Calcutta medical institutions reports 1879-81 [i.e.91]
Year: 1879
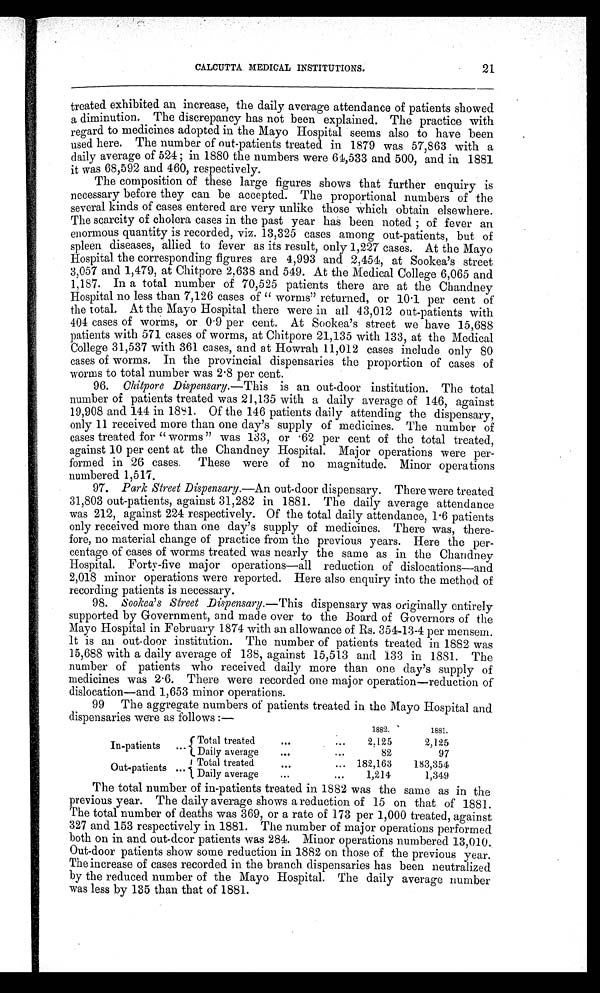
CALCUTTA MEDICAL INSTITUTIONS.
21
treated exhibited an increase, the daily average attendance of patients showed
a diminution. The discrepancy has not been explained. The practice with
regard to medicines adopted in the Mayo Hospital seems also to have been
used here. The number of out-patients treated in 1879 was 57,863 with a
dai l y aver age of 524; i n 1880 t he number s wer e 64, 533 and 500, and i n 1881
it was 68,592 and 460, respectively.
The composition of these large figures shows that further enquiry is
necessary before they can be accepted. The proportional numbers of the
several kinds of cases entered are very unlike those which obtain elsewhere.
The scarcity of cholera cases in the past year has been noted; of fever an
enormous quantity is recorded, viz. 13,325 cases among out-patients, but of
spleen diseases, allied to fever as its result, only 1,227 cases. At the Mayo
Hospital the corresponding figures are 4,993 and 2,454, at Sookea's street
3,057 and 1,479, at Chitpore 2,638 and 549. At the Medical College 6,065 and
1,187. In a total number of 70,525 patients there are at the Chandney
Hospital no less than 7,126 cases of " worms" returned, or 10.1 per cent of
the total. At the Mayo Hospital there were in all 43,012 out-patients with
404 cases of worms, or 0.9 per cent. At Sookea's street we have 15,688
patients with 571 cases of worms, at Chitpore 21,135 with 133, at the Medical
College 31,537 with 361 cases, and at Howrah 11,012 cases include only 80
cases of worms. In the provincial dispensaries the proportion of cases of
worms to total number was 2.8 per cent.
96. Chitpore Dispensary.— This is an out-door institution. The total
number of patients treated was 21,135 with a daily average of 146, against
19,908 and 144 in 1881. Of the 146 patients daily attending the dispensary,
only 11 received more than one day's supply of medicines. The number of
cases treated for "worms" was 133, or .62 per cent of the total treated,
against 10 per cent at the Chandney Hospital. Major operations were per-
formed in 26 cases. These were of no magnitude. Minor operations
numbered 1,517.
97. Park Street Dispensary.— An out-door dispensary. There were treated
31,803 out-patients, against 31,282 in 1881. The daily average attendance
was 212, against 224 respectively. Of the total daily attendance, 1.6 patients
only received more than one day's supply of medicines. There was, there-
fore, no material change of practice from the previous years. Here the per-
centage of cases of worms treated was nearly the same as in the Chandney
Hospital. Forty-five major operations—all reduction of dislocations—and
2,018 minor operations were reported. Here also enquiry into the method of
recording patients is necessary.
98. Sookea's Street Dispensary.—This dispensary was originally entirely
supported by Government, and made over to the Board of Governors of the
Mayo Hospital in February 1874 with an allowance of Rs. 354-13-4 per mensem.
It is an out-door institution. The number of patients treated in 1882 was
15,688 with a daily average of 138, against 15,513 and 133 in 1881. The
number of patients who received daily more than one day's supply of
medicines was 2.6. There were recorded one major operation—reduction of
dislocation—and 1,653 minor operations.
99 The aggregate numbers of patients treated in the Mayo Hospital and
dispensaries were as follows :—
1882.
1881.
In-patients
...
Total treated
...
...
2,125
2,125
Daily average
...
...
82
97
Out-patients ...
Total treated
...
... 182,163
183,354
Daily average
...
...
1,214
1,349
The total number of in-patients treated in 1882 was the same as in the
previous year. The daily average shows a reduction of 15 on that of 1881.
The total number of deaths was 369, or a rate of 173 per 1,000 treated, against
327 and 153 respectively in 1881. The number of major operations performed
both on in and out-door patients was 284. Minor operations numbered 13,010.
Out-door patients show some reduction in 1882 on those of the previous year.
The increase of cases recorded in the branch dispensaries has been neutralized
by the reduced number of the Mayo Hospital. The daily average number
was less by 135 than that of 1881.